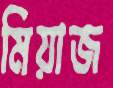
মিয়াজ